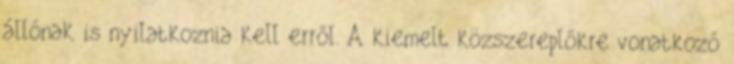
állónak is nyilatkoznia kell erről. A kiemelt közszereplőkre vonatkozó